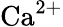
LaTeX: \mathrm{{Ca}^{2+}}